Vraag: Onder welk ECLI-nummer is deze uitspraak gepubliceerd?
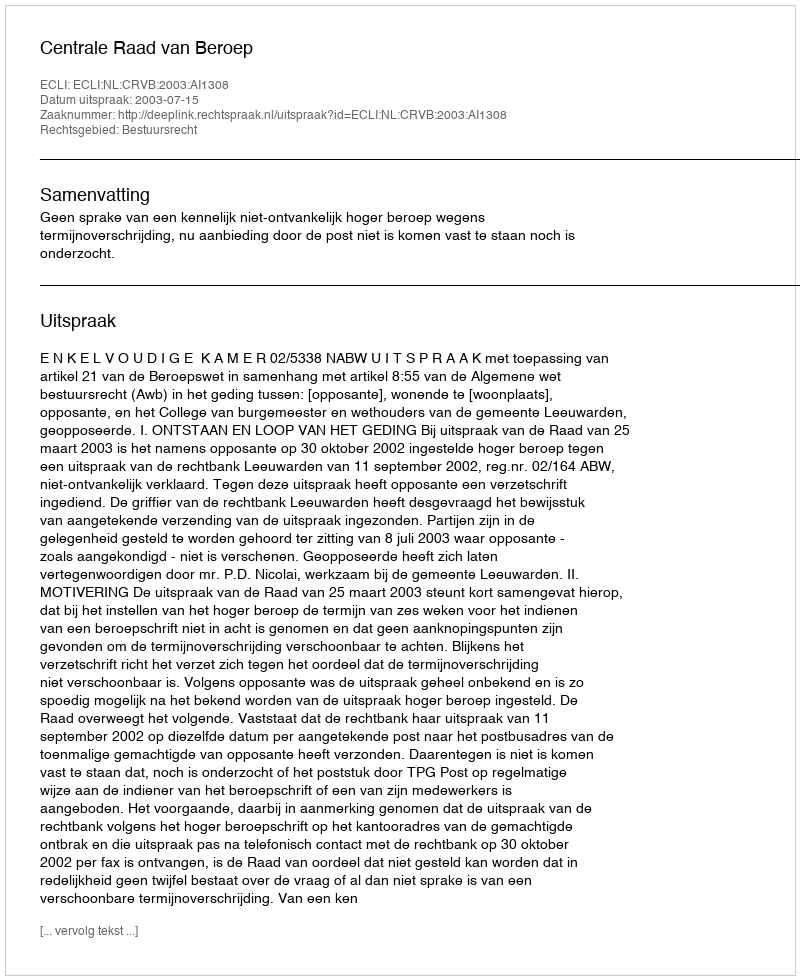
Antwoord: ECLI:NL:CRVB:2003:AI1308